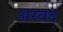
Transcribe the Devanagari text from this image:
अस्वद